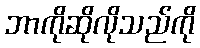
ဘာကိုဆိုလိုသည်ကို